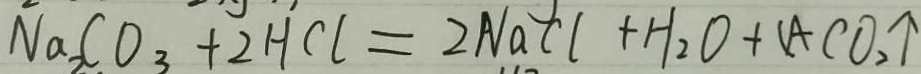
N a _ { 2 } C O _ { 3 } + 2 H C l = 2 N a C l + H _ { 2 } O + ( A C O _ { 2 } \uparrow